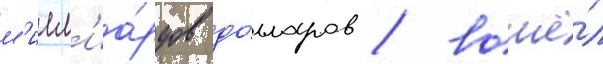
м'илл'иа́рдов до́лларов / вошё́л